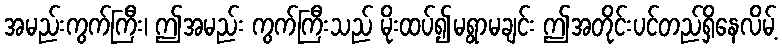
အမည်းကွက်ကြီး၊ ဤအမည်း ကွက်ကြီးသည် မိုးထပ်၍မရွာမချင်း ဤအတိုင်းပင်တည်ရှိနေလိမ့်